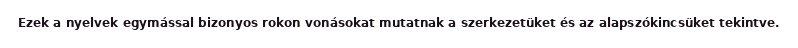
Ezek a nyelvek egymással bizonyos rokon vonásokat mutatnak a szerkezetüket és az alapszókincsüket tekintve.